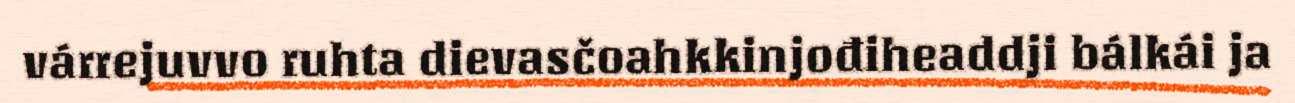
várrejuvvo ruhta dievasčoahkkinjođiheaddji bálkái ja